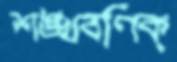
শঙ্খবণিক্‌